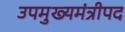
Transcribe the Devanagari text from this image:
उपमुख्यमंत्रीपद